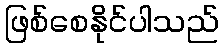
ဖြစ်စေနိုင်ပါသည်